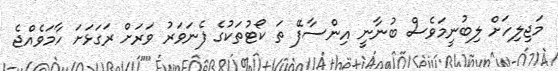
މަޖިލިހަށް ލިބުނީމަވެސް ބުނާނީ އިންސާފޭ ތަ ކޯޓުތަކުގެ ފެނަވަރު ވަރަށް ރަގަޅަށަ ހާމަވެއްޖެ